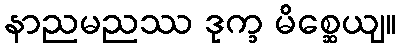
နာညမညဿ ဒုက္ခ မိစ္ဆေယျ။